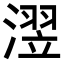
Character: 𪷊